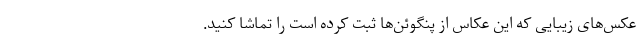
عکس‌های زیبایی که این عکاس از پنگوئن‌ها ثبت کرده است را تماشا کنید.